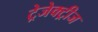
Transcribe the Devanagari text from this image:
ट्रेजेक्ट्रीज